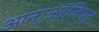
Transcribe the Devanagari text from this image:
आना्ऑलियह